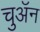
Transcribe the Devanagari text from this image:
चुअॅन